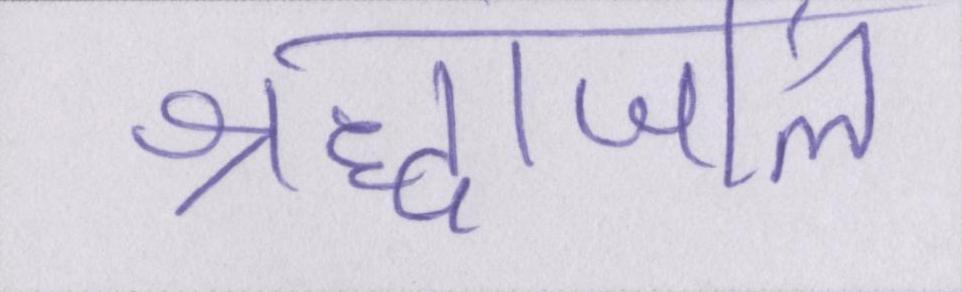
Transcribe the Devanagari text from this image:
श्रद्धांजलि